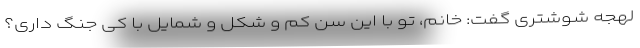
لهجه شوشتری گفت: خانم، تو با این سن کم و شکل و شمایل با کی جنگ داری؟